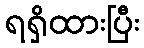
ရရှိထားပြီး